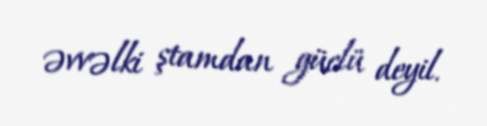
əvvəlki ştamdan güclü deyil.